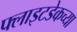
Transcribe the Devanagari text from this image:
फ्लाइटडेकच्या